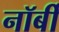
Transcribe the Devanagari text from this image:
नॉर्बी